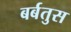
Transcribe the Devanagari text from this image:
बर्बतुस